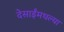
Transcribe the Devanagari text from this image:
देसाईंमधल्या